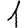
Digit: 1